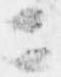
ニ